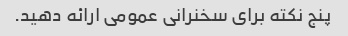
پنج نکته برای سخنرانی عمومی ارائه دهید.